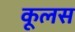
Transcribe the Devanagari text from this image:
कूलस